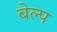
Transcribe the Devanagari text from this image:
बेल्प